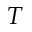
T